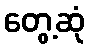
တွေ့ဆုံ